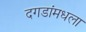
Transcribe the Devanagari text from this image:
दगडांमधला